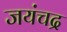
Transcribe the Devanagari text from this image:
जयंचद्र